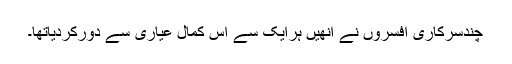
چندسرکاری افسروں نے انھیں ہرایک سے اس کمال عیاری سے دورکردیاتھا۔